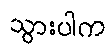
သွားပါက